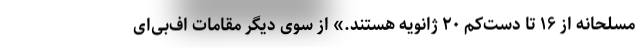
مسلحانه از ۱۶ تا دست‌کم ۲۰ ژانویه هستند.» از سوی دیگر مقامات اف‌بی‌ای